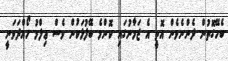
ބެހޭގޮތުން ދެންނެވެން އޮތީ އެ ޒަމާނުގައި ކޮންމެ ބޭފުޅަކުން ވެސް ޢިލްމު ހޯއްދަވަނީ